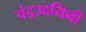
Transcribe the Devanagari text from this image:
चंद्रउदयिनी